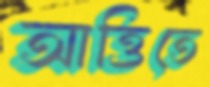
আত্তিতে